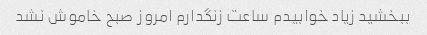
ببخشید زیاد خوابیدم ساعت زنگدارم امروز صبح خاموش نشد